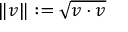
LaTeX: \| v \| : = { \sqrt { v \cdot v } }